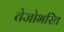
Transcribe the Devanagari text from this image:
तेजोभरित